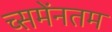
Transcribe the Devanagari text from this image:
च्समेंनतम